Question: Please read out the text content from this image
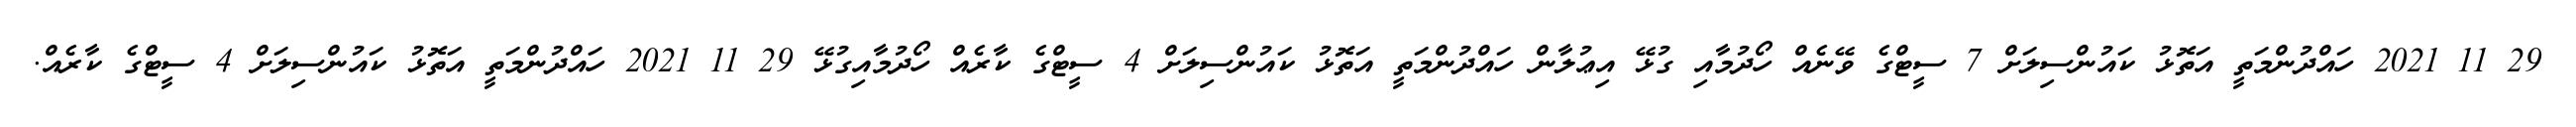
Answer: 29 11 2021 ހައްދުންމަތީ އަތޮޅު ކައުންސިލަށް 7 ސީޓްގެ ވޭނެއް ހޯދުމާއި ގުޅޭ އިޢުލާން ހައްދުންމަތީ އަތޮޅު ކައުންސިލަށް 4 ސީޓްގެ ކާރެއް ހޯދުމާއިގުޅޭ 29 11 2021 ހައްދުންމަތީ އަތޮޅު ކައުންސިލަށް 4 ސީޓްގެ ކާރެއް.